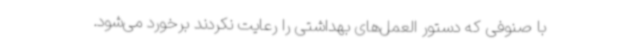
با صنوفی که دستور العمل‌های بهداشتی را رعایت نکردند برخورد می‌شود.